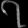
Digit: ၇